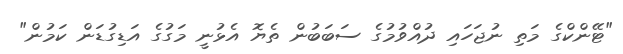
"ޓޭންކްގެ މަތި ނުޖަހައި ދުއްވުމުގެ ސަބަބުން ތެޔޮ އެޅުނީ މަގުގެ އަޑިގުޑަން ކަމުން"